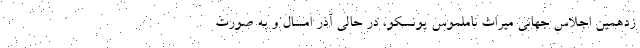
زدهمین اجلاس جهانی میراث ناملموس یونسکو، در حالی آذر امسال و به صورت